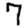
Digit: 7